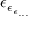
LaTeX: \epsilon _ { \epsilon _ { \epsilon _ { . . . } } }